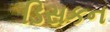
ડિસકન